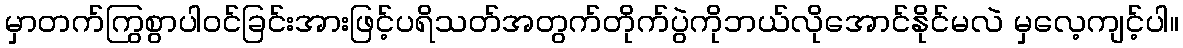
မှာတက်ကြွစွာပါဝင်ခြင်းအားဖြင့်ပရိသတ်အတွက်တိုက်ပွဲကိုဘယ်လိုအောင်နိုင်မလဲ မှလေ့ကျင့်ပါ။